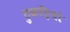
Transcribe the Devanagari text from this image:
टुकड़ियो